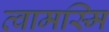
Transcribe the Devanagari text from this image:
त्वामस्मि